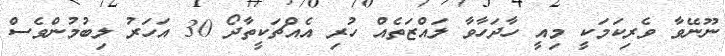
ނޫނޭވާ ވެރިކަމަކީ މިއީ ހާދަހާވާ ލައްޒަތެއް ހުރި އެއްޗަކީތާދޯ 30 އަހަރު ލިބުމުންވެސް